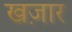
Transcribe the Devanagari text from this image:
खज़ार